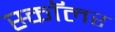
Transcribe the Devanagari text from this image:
स्काॅलर